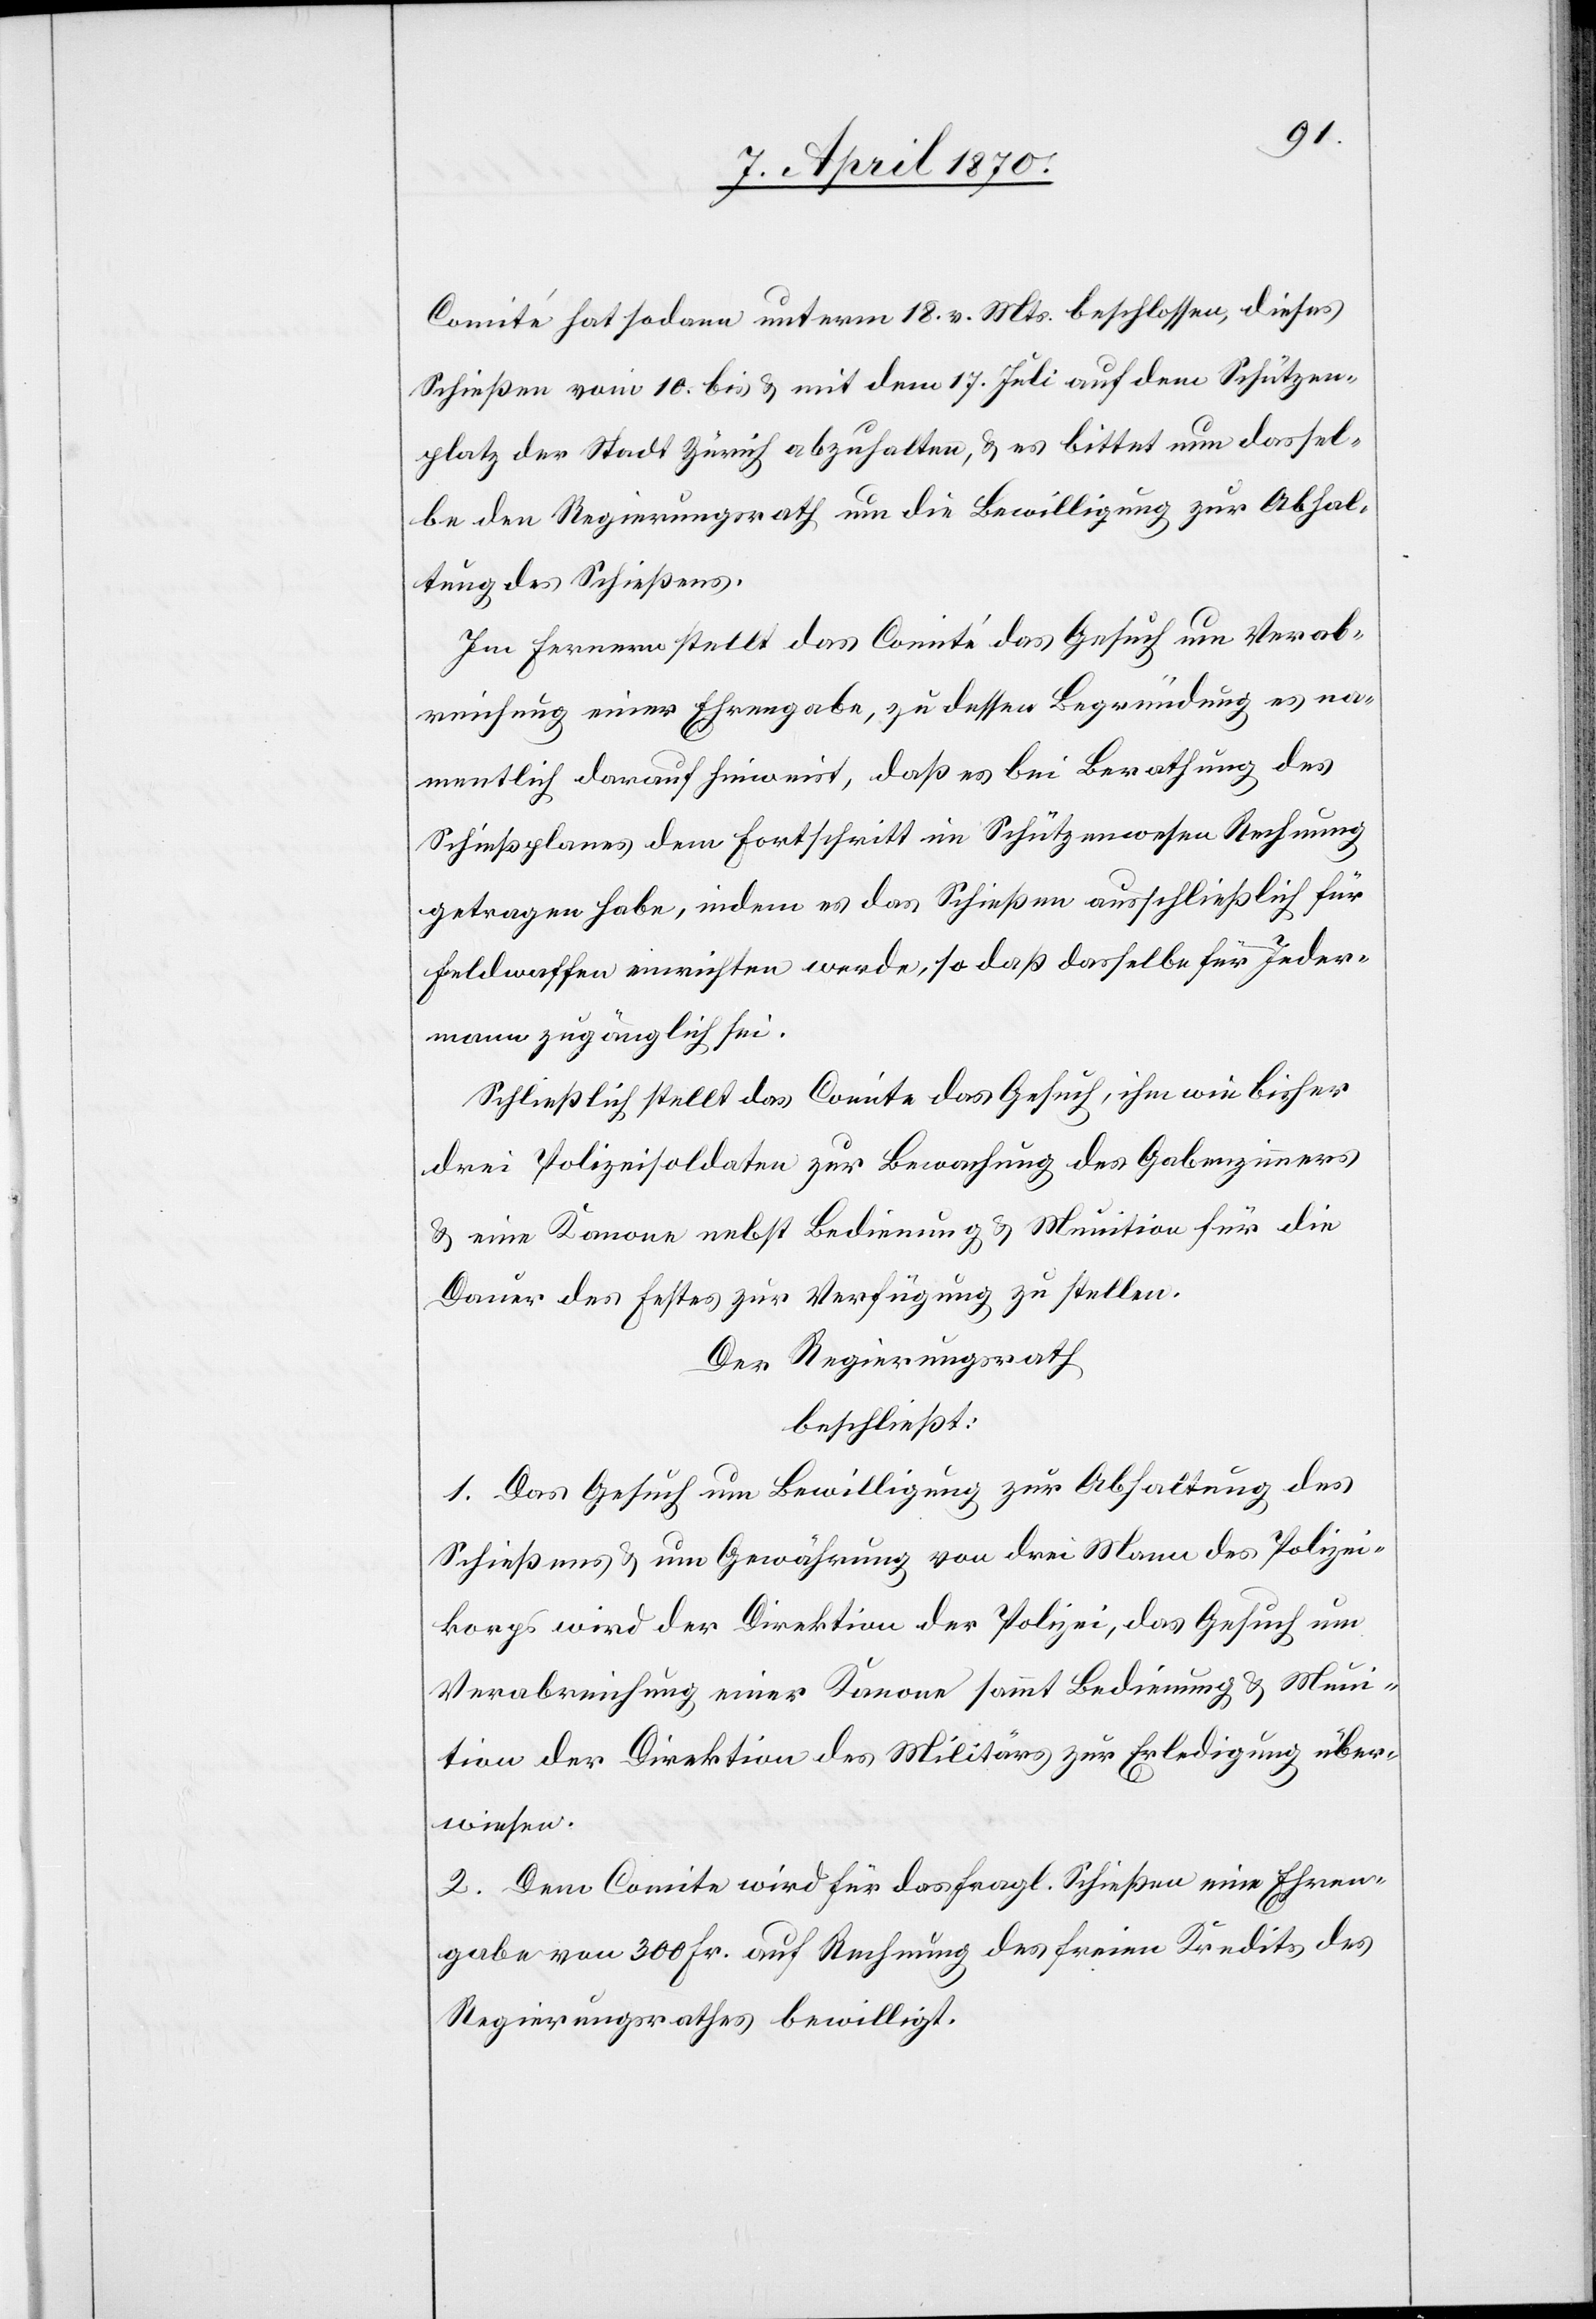
Comité hat sodann unterm 18. vor. Mts. beschlossen, dieses
Schießen vom 10. bis & mit dem 17. Juli auf dem Schützen¬
platz der Stadt Zürich abzuhalten, & es bittet um dassel¬
be den Regierungsrath um die Bewilligung zur Abhal¬
tung des Schießens.
Im Fernern stellt das Comité das Gesuch um Verab¬
reichung einer Ehrengabe, zu dessen Begründung es na¬
mentlich darauf hinweist, daß es bei Berathung des
Schießplanes dem Fortschritt im Schützenwesen Rechnung
getragen habe, indem es das Schießen ausschließlich für
Feldwaffen einrichten werde, so daß dasselbe für Jeder¬
mann zugänglich sei.
Schließlich stellt das Comite das Gesuch, ihm wie bisher
drei Polizeisoldaten zu Bewachung des Gabenzimmers
& eine Kanone nebst Bedienung & Munition für die
Dauer des Festes zu Verfügung zu stellen.
Der Regierungsrath
beschließt:
1. Das Gesuch um Bewilligung zur Abhaltung des
Schießens & um Gewährung von drei Mann des Polizei¬
korps wird der Direktion der Polizei, das Gesuch um
Verabreichung einer Kanone sammt Bedienung & Muni¬
tion der Direktion des Militärs zur Erledigung über¬
wiesen.
2. Dem Comite wird für das fragl. Schießen eine Ehren¬
gabe von 300 Fr. auf Rechnung des freien Kredits des
Regierungsrathes bewilligt.